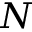
N